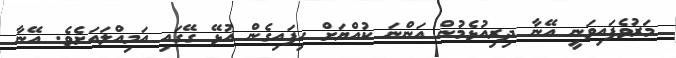
މަރުވެފައިވަނީ އޭނާ ދިރިއުޅެމުން އަންނަ ކުއްޔަށް ހިފައިގެން އުޅޭ ގޭގައި އަމިއްލައަށެވެ. އޭނާ